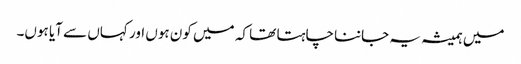
میں ہمیشہ یہ جاننا چاہتا تھا کہ میں کون ہوں اور کہاں سے آیا ہوں۔